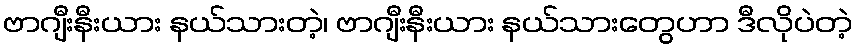
ဗာဂျီးနီးယား နယ်သားတဲ့၊ ဗာဂျီးနီးယား နယ်သားတွေဟာ ဒီလိုပဲတဲ့